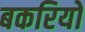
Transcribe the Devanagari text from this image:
बकरियो